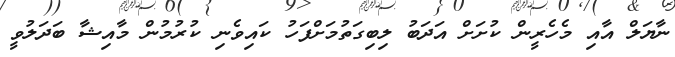
ނާޔަލް އާއި މެހެރީން ކުށަށް އަދަބު ލިބިގަތުމަށްފަހު ކައިވެނި ކުރުމުން މާއިޝާ ބަދަލުވީ